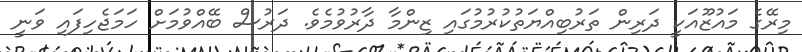
މިރޭގެ މައުޒޫއަކީ ދަރިން ތަރުބިއްޔަތުކުރުމުގައި ޒިންމާ ދާރުވުމެވެ. ދަރުސް ބޭއްވުމަށް ހަމަޖެހިފައި ވަނީ